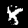
Digit: 8